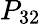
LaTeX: P_{32}